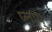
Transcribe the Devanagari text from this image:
प्लाथ्